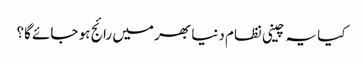
کیا یہ چینی نظام دنیا بھر میں رائج ہو جائے گا؟